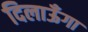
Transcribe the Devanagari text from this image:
दिलाऊँगा